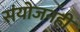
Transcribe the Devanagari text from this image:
संयोजनही